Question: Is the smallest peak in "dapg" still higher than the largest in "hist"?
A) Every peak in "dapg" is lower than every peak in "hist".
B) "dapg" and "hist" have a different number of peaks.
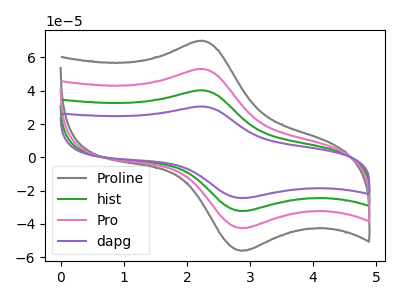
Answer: <think>The gray curve "Proline" has an anodic peak at (2.25V, 120.90uA) and a cathodic peak at (2.85V, -96.80uA). The green curve "hist" has an anodic peak at (2.25V, 40.30uA) and a cathodic peak at (2.85V, -32.25uA). The pink curve "Pro" has an anodic peak at (2.25V, 80.60uA) and a cathodic peak at (2.85V, -64.50uA). The purple curve "dapg" has an anodic peak at (2.25V, 30.55uA) and a cathodic peak at (2.85V, -24.45uA).</think>
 <answer>A) Every peak in "dapg" is lower than every peak in "hist".</answer>
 <eval>A</eval>